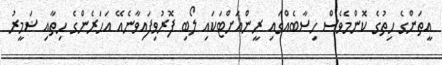
އީތަންގެ ހިތުގެ ކޮންމެވެސް ހިސާބެއްގައި ރީންއަށްޓަކައި ލޯބި ފޮރުވިފައިވާނެއޭ އަހަރެންގެ ހިތާއި ޟަމީރު